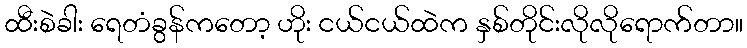
ထီးစဲခါး ရေတံခွန်ကတော့ ဟိုး ငယ်ငယ်ထဲက နှစ်တိုင်းလိုလိုရောက်တာ။